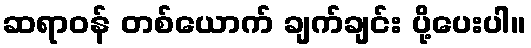
ဆရာဝန် တစ်ယောက် ချက်ချင်း ပို့ပေးပါ။